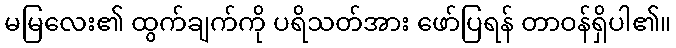
မမြလေး၏ ထွက်ချက်ကို ပရိသတ်အား ဖော်ပြရန် တာဝန်ရှိပါ၏။